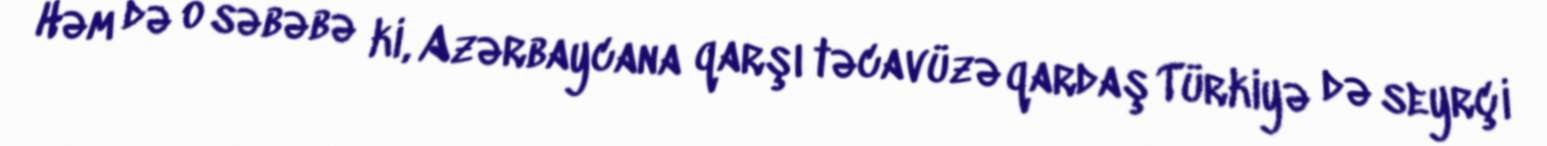
Həm də o səbəbə ki, Azərbaycana qarşı təcavüzə qardaş Türkiyə də seyrçi